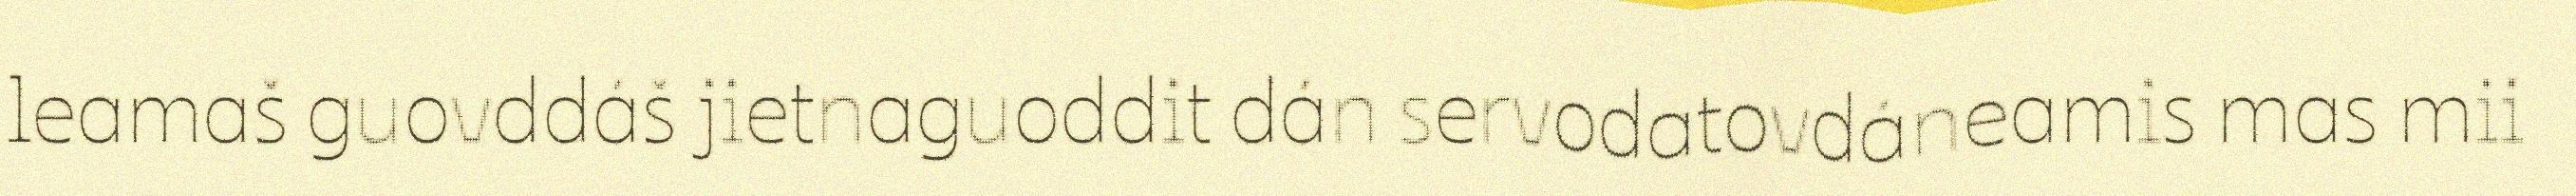
leamaš guovddáš jietnaguoddit dán servodatovdáneamis mas mii